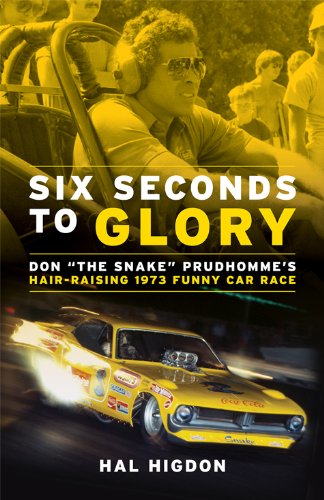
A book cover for Six Seconds to Glory: Don the Snake Prudhomme's Hair-Raising 1973 NHRA Funny Car Race; Hal Higdon; Sports & Outdoors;